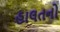
હાલતનો